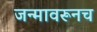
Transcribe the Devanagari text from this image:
जन्मावरूनच